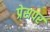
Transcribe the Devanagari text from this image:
प्रेसपर